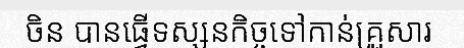
ចិន បានធ្វើទស្សនកិច្ចទៅកាន់គ្រួសារ